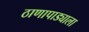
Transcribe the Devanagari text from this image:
ठाणापाड्याला